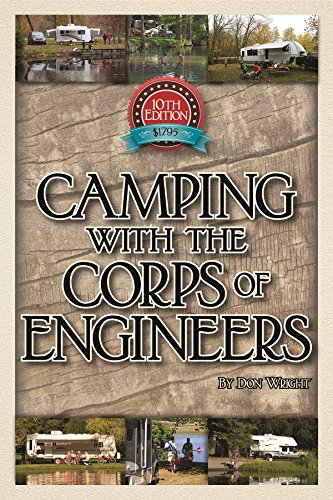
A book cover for Camping With the Corps of Engineers: The Complete Guide to Campgrounds Built and Operated by the U.S. Army Corps of Engineers (Wright Guides); Don Wright; Sports & Outdoors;